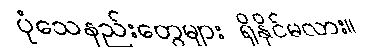
ပုံသေနည်းတွေများ ရှိနိုင်မလား။